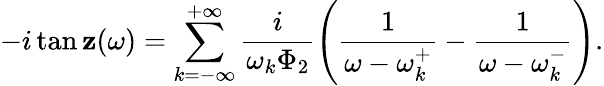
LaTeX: -i\tan\mathbf{z}(\omega)=\sum_{k=-\infty}^{+\infty}\frac{{i}}{{\omega_{k}\Phi_{2}}}\left(\frac{{1}}{{\omega-\omega_{k}^{+}}}-\frac{{1}}{{\omega-\omega_{k}^{-}}}\right).